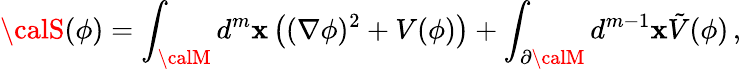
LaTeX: {\calS}(\phi)=\int_{\calM}d^{m}\mathbf{x}\left((\nabla\phi)^{2}+V(\phi)\right)+\int_{\partial{\calM}}d^{m-1}\mathbf{x}\tilde{{V}}(\phi)\, ,